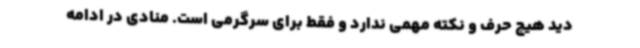
دید هیچ حرف و نکته مهمی ندارد و فقط برای سرگرمی است. منادی در ادامه